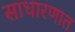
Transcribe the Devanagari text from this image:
साधारणात